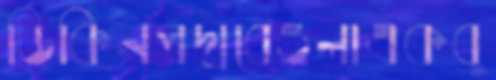
ডিকিনপদ্মবেওলাএকবু